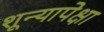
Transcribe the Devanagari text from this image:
शून्यापेक्षा